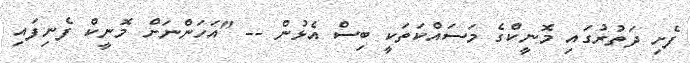
ފެށި ދަތުރުގައި މޮނީކްގެ މަސައްކަތަކީ ބިސް އެޅުން -- "އަހަންނަށް މޮނީކް ފެނިފައި